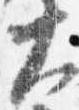
大